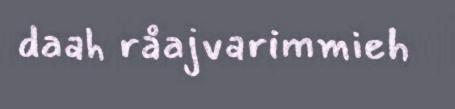
daah råajvarimmieh